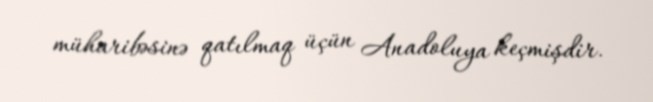
müharibəsinə qatılmaq üçün Anadoluya keçmişdir.